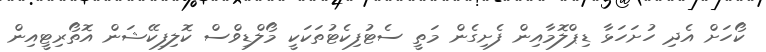
ކޯހަށް އެދި ހުށަހަޅާ ޑިޕްލޮމާއިން ފެށިގެން މަތީ ސެޓުފިކެޓުތަކަކީ މޯލްޑިވްސް ކޮލިފިކޭޝަން އޮތޯރިޓީއިން